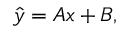
\hat { y } = A x + B ,